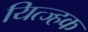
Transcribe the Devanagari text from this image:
यित्ज्हक